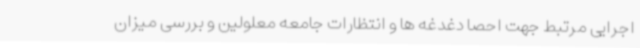
اجرایی مرتبط جهت احصا دغدغه ها و انتظارات جامعه معلولین و بررسی میزان